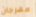
مهرجان